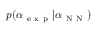
p ( \alpha _ { \mathrm { ~ e ~ x ~ p ~ } } | \alpha _ { \mathrm { ~ N ~ N ~ } } )